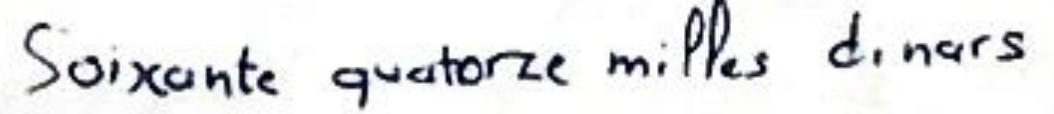
Soixante quatorze milles dinars